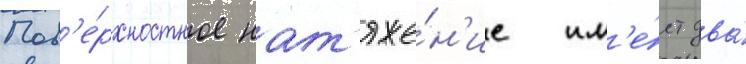
Пов'е́рхностное нат'яже́н'ие им'е́ет два́